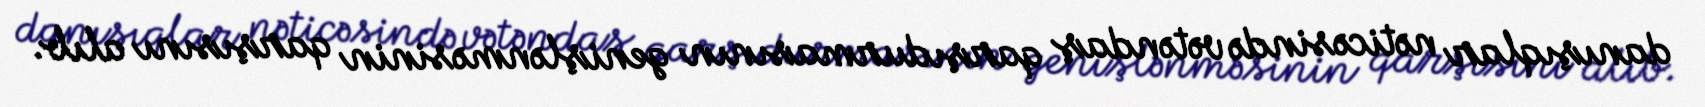
danışıqlar nəticəsində vətəndaş qarşıdurmasının genişlənməsinin qarşısını alıb.